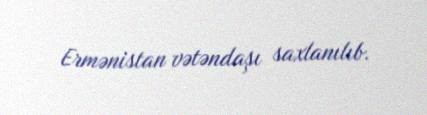
Ermənistan vətəndaşı saxlanılıb.